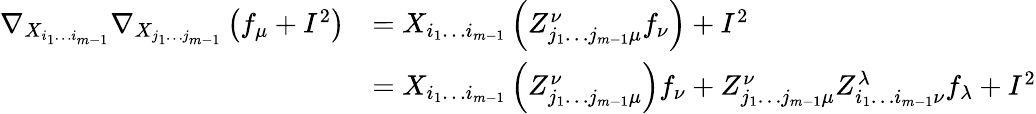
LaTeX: \begin{array}{rl}{\nabla_{X_{i_{1}\dotsc i_{m-1}}}\nabla_{X_{j_{1}\dotsc j_{m-1}}}\left(f_{\mu}+I^{2}\right)}&{=X_{i_{1}\dotsc i_{m-1}}\left(Z_{j_{1}\dotsc j_{m-1}\mu}^{\nu}f_{\nu}\right)+I^{2}}\\ &{=X_{i_{1}\dotsc i_{m-1}}\left(Z_{j_{1}\dotsc j_{m-1}\mu}^{\nu}\right)f_{\nu}+Z_{j_{1}\dotsc j_{m-1}\mu}^{\nu}Z_{i_{1}\dotsc i_{m-1}\nu}^{\lambda}f_{\lambda}+I^{2}}\end{array}